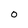
Character: 0